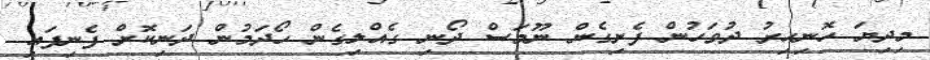
މިދިޔަ ހޮނިހިރު ދުވަހުން ފެށިގެން ނޫމަސް ދޯނި ގެއްލިގެން ހޯދަމުން ދަނިކޮށް ފެނިފައި